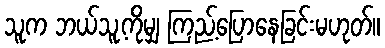
သူက ဘယ်သူ့ကိုမျှ ကြည့်ပြောနေခြင်းမဟုတ်။